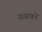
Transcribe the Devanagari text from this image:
नाबाबने